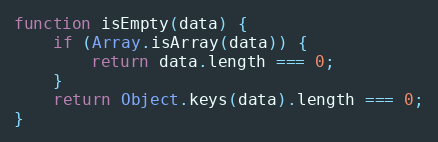
Language: JavaScript
function isEmpty(data) {
    if (Array.isArray(data)) {
        return data.length === 0;
    }
    return Object.keys(data).length === 0;
}